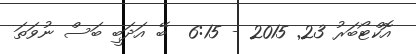
އޮކްޓޯބަރު 23